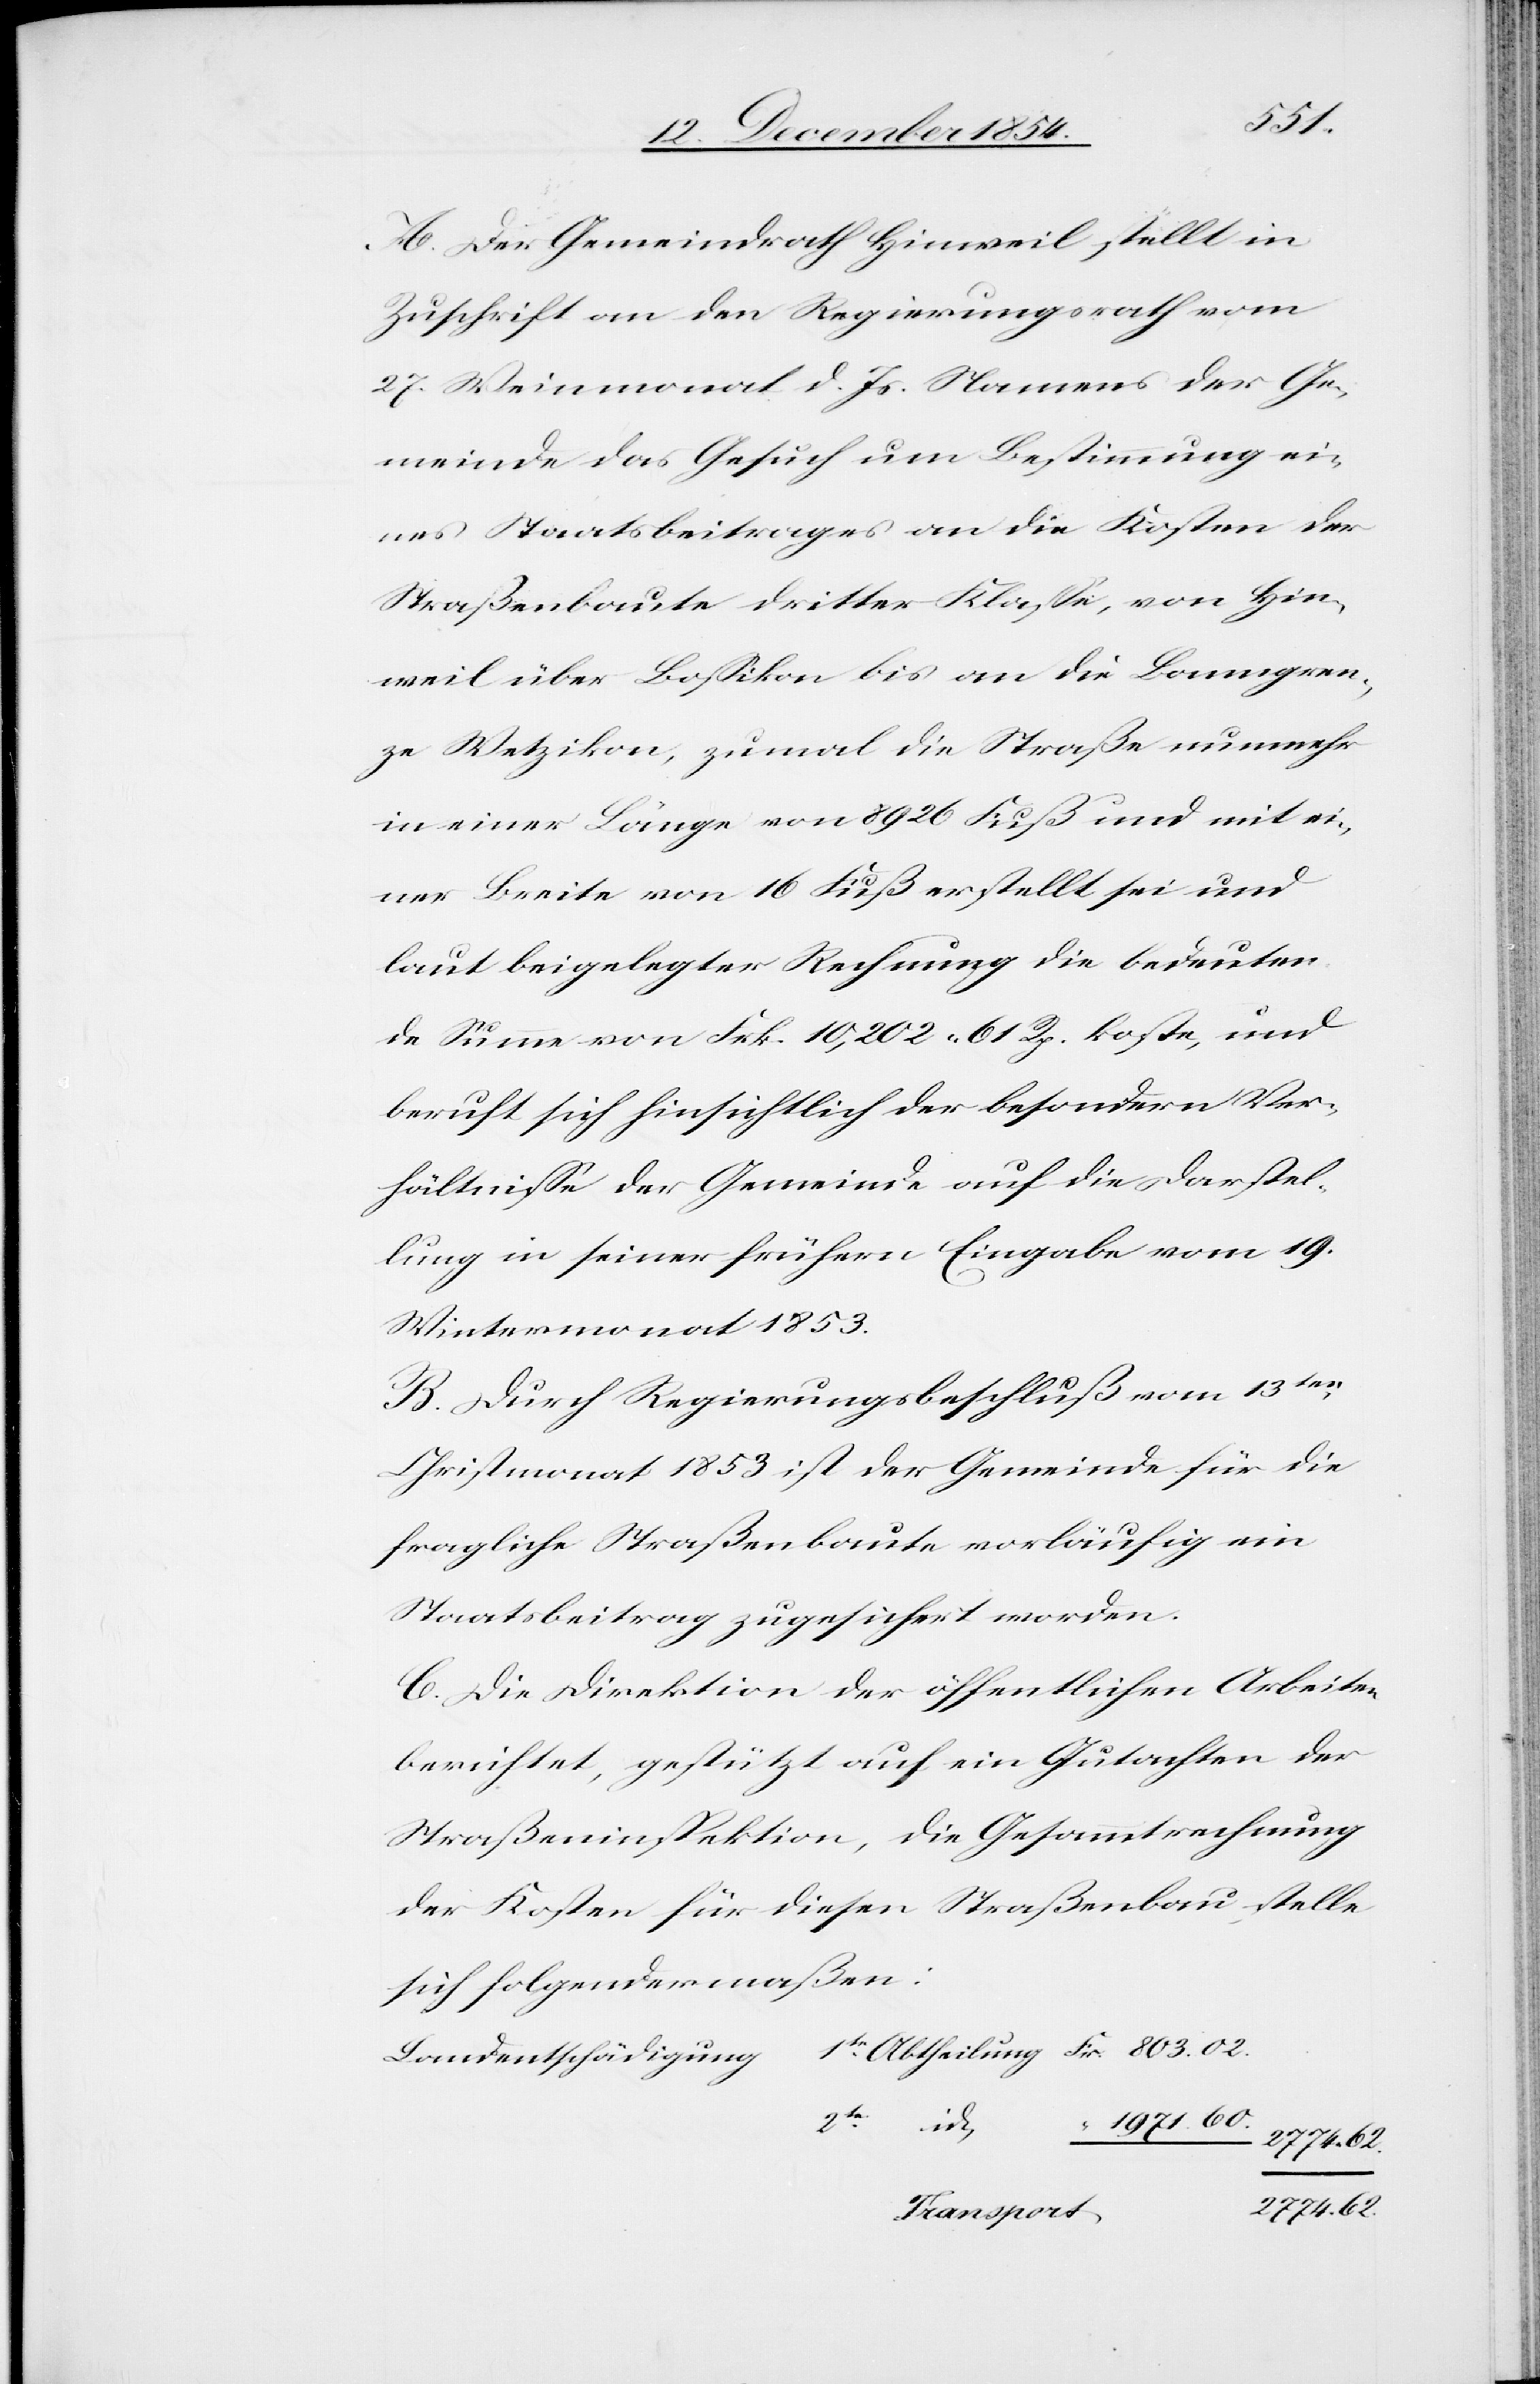
id.
A. Der Gemeindrath Hinweil stellt in
Zuschrift an den Regierungsrath vom
27. Weinmonat d. Js. Namens der Ge¬
meinde das Gesuch um Bestimmung ei¬
nes Staatsbeitrages an die Kosten der
Straßenbaute dritter Klaße, von Hin¬
weil über Boßikon bis an die Banngren¬
ze Wetzikon, zumal die Straße nunmehr
in einer Länge von 8926 Fuß und mit ei¬
ner Breite von 16 Fuß erstellt sei und
laut beigelegter Rechnung die bedeuten¬
de Summe von Frk. 10,202. 61 Rp. koste, und
beruft sich hinsichtlich der besonderen Ver¬
hältniße der Gemeinde auf die Darstel¬
lung in seiner frühern Eingabe vom 19.
Wintermonat 1853.
B. Durch Regierungsbeschluß vom 13ten
Christmonat 1853 ist der Gemeinde für die
fragliche Straßenbaute vorläufig ein
Staatsbeitrag zugesichert worden.
C. Die Direktion der öffentlichen Arbeiten
berichtet, gestützt auf ein Gutachten der
Straßeninspektion, die Gesammtrechnung
der Kosten für diesen Straßenbau stelle
sich folgendermaßen:
Landentschädigung
1971. 60.
2774. 62.